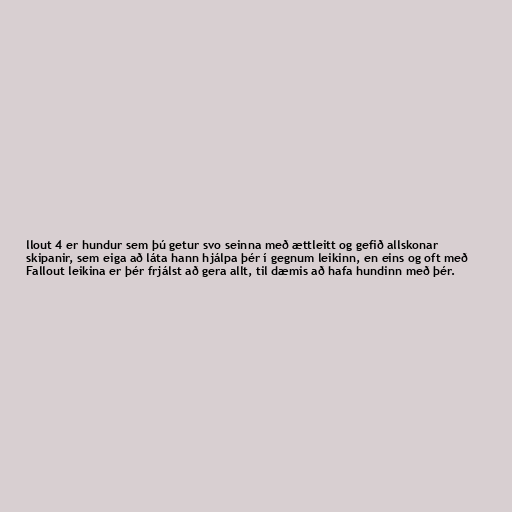
llout 4 er hundur sem þú getur svo seinna með ættleitt og gefið allskonar
skipanir, sem eiga að láta hann hjálpa þér í gegnum leikinn, en eins og oft með
Fallout leikina er þér frjálst að gera allt, til dæmis að hafa hundinn með þér.